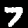
Digit: 7